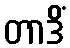
တာဒိံ